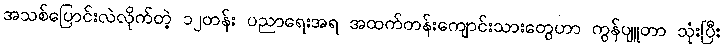
အသစ်ပြောင်းလဲလိုက်တဲ့ ၁၂တန်း ပညာရေးအရ အထက်တန်းကျောင်းသားတွေဟာ ကွန်ပျူတာ သုံးပြီး